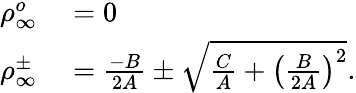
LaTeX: \begin{array}{rl}{\rho_{\infty}^{o}}&{{}=0}\\ {\rho_{\infty}^{\pm}}&{{}=\frac{-B}{2A}\pm\sqrt{\frac{C}{A}+\left(\frac{B}{2A}\right)^{2}}.}\end{array}